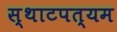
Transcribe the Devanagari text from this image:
स्थाटपत्यम